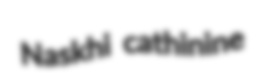
Naskhi cathinine